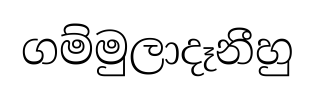
ගම්මුලාදෑනීහු